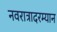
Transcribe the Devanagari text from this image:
नवरात्रादरम्यान